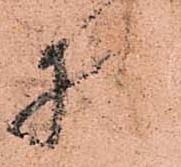
様